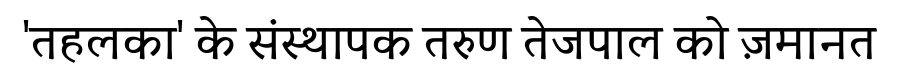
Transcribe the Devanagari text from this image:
'तहलका' के संस्थापक तरुण तेजपाल को ज़मानत